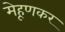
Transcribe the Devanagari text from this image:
मेहूणकर